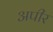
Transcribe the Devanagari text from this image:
अपीर